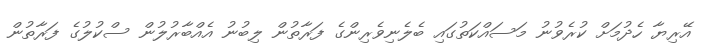
އޭރިޔާ ހެދުމަށް ކުރެވުނު މަސައްކަތުގައި ބެލެނިވެރިންގެ ފަރާތުން ލިބުނު އެއްބާރުލުން ސްކުލުގެ ފަރާތުން